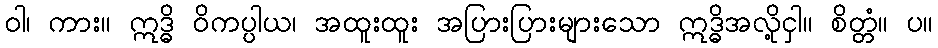
ဝါ၊ ကား။ ဣဒ္ဓိ ဝိကပ္ပါယ၊ အထူးထူး အပြားပြားများသော ဣဒ္ဓိအလို့ငှါ။ စိတ္တံ။ ပ။